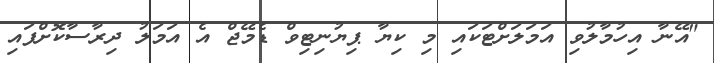
"އޭނާ އިހުމާލުވި އަމަލަށްޓަކައި މި ކިޔާ ޕިޔުނިޓިވް ޑެމޭޖް އެ އަމަލު ދިރާސާކޮށްފައި